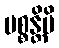
ပစ္စန္တိပိ